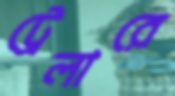
ট্রেলারে